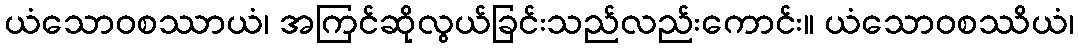
ယံသောဝစဿာယံ၊ အကြင်ဆိုလွယ်ခြင်းသည်လည်းကောင်း။ ယံသောဝစဿိယံ၊